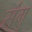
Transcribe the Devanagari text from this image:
संगु